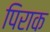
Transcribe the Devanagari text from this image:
पिराक